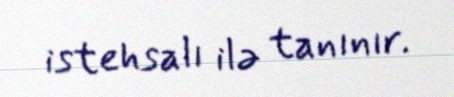
istehsalı ilə tanınır.